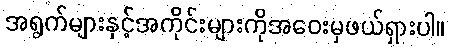
အရွက်များနှင့်အကိုင်းများကိုအဝေးမှဖယ်ရှားပါ။